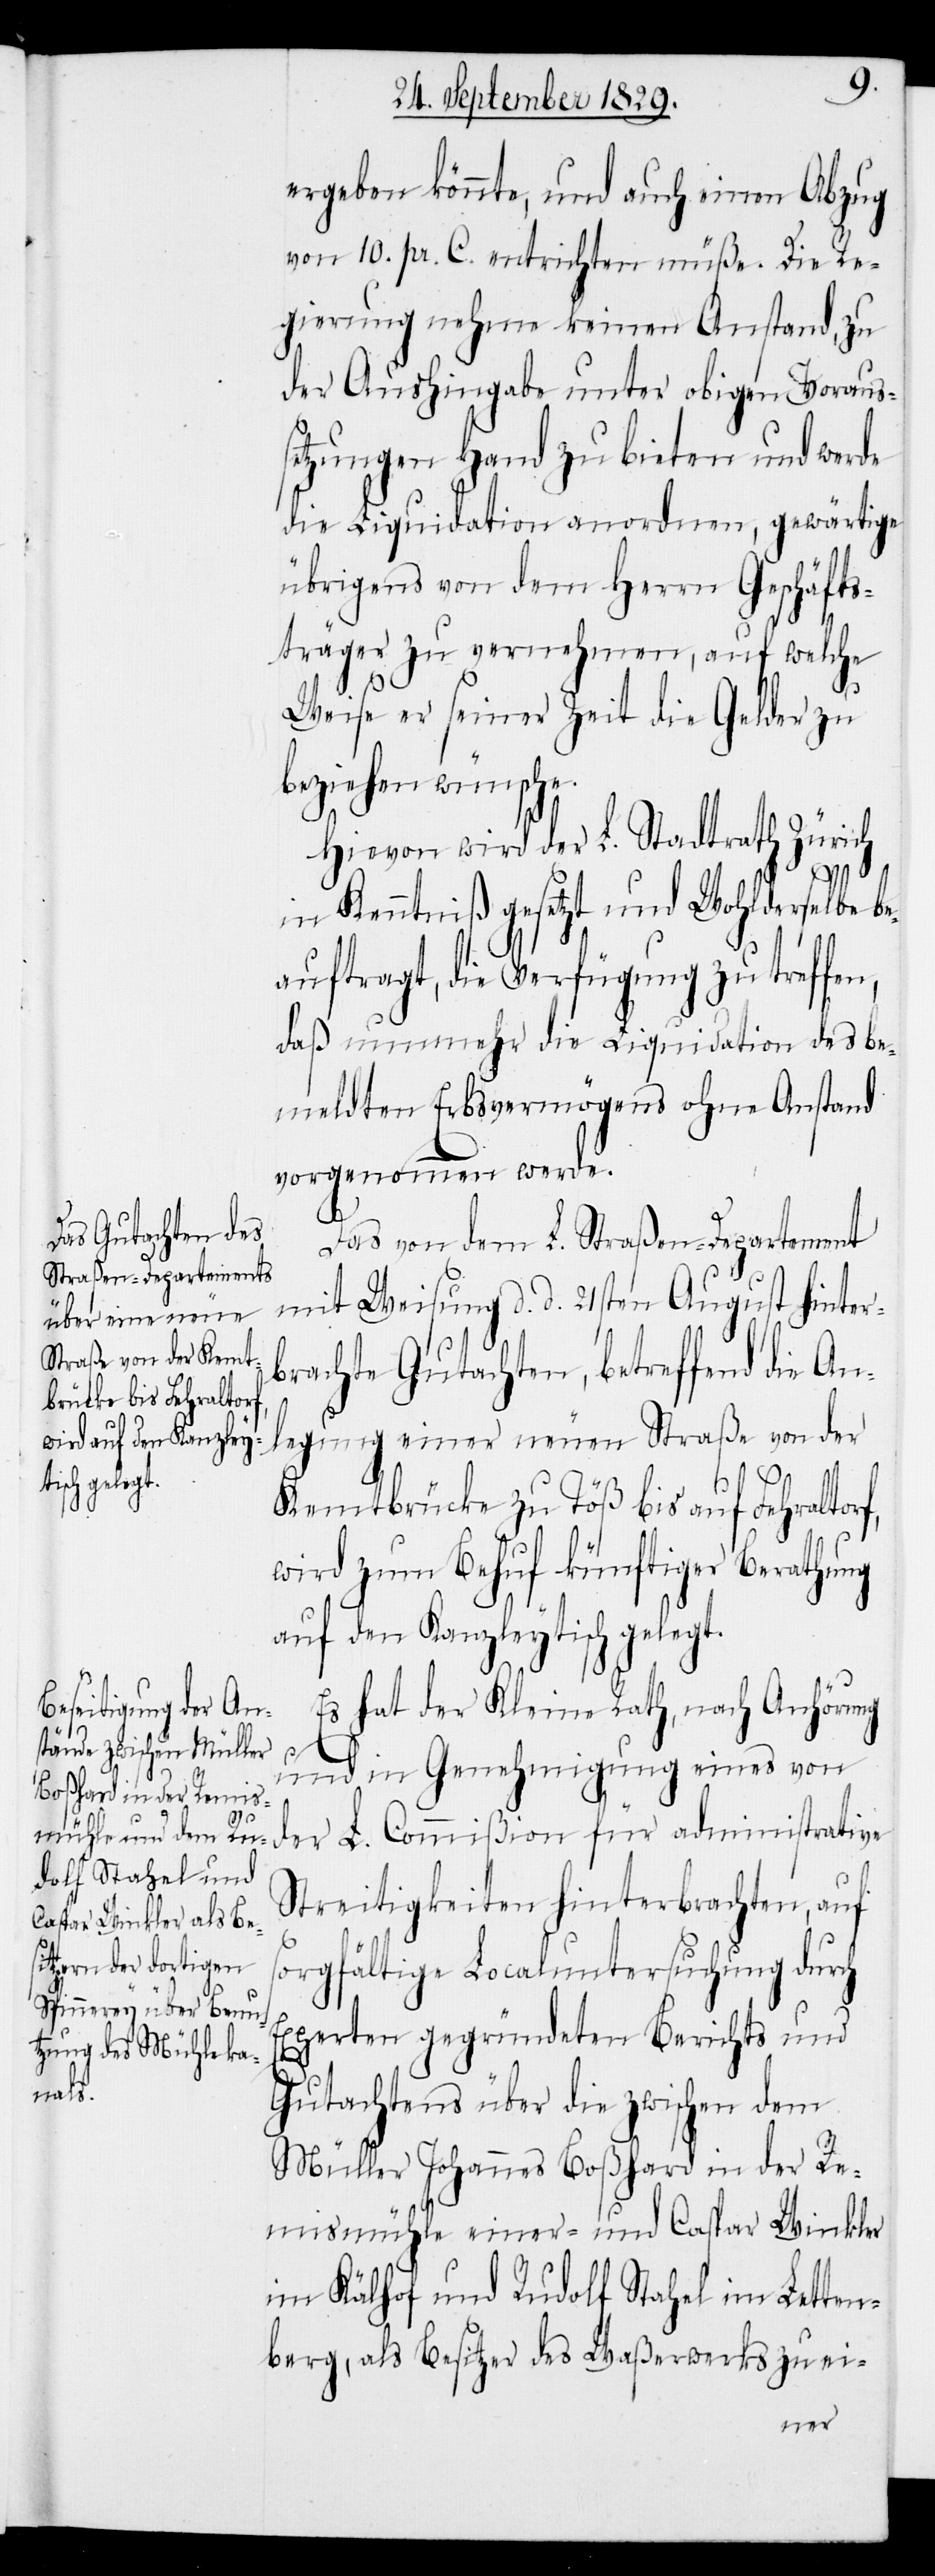
ergeben könnte, und auch einen Abzug
von 10. pr. C. entrichten müße. Die Re¬
gierung nehme keinen Anstand, zu
der Aushingabe unter obigen Voraus¬
setzungen Hand zu bieten und werde
die Liquidation anordnen, gewärtige
übrigens von dem Herrn Geschäfts¬
träger zu vernehmen, auf welche
Weise er seiner Zeit die Gelder zu
beziehen wünsche.
Hievon wird der L. Stadtrath Zürich
in Kenntniß gesetzt und Wohlderselbe b¬
eauftragt, die Verfügung zu treffen,
daß nunmehr die Liquidation des be¬
meldten Erbsvermögens ohne Anstand
vorgenommen werde.
Das von dem L. Straßen-Departement
mit Weisung d. d. 21sten August hinter¬
brachte Gutachten, betreffend die An¬
legung einer neuen Straße von der
Kemtbrücke zu Töß bis auf Fehraltorf,
wird zum Behuf künftiger Berathung
auf den Kanzleytisch gelegt.
Es hat der Kleine Rath, nach Anhörung
und in Genehmigung eines von
der L. Commißion für Administrative
Streitigkeiten hinterbrachten, auf
sorgfältige Localuntersuchung durch
Experten gegründeten Berichts und
Gutachtens über die zwischen dem
Müller Johannes Boßhard in der Re¬
mismühle einer- und Caspar Winkler
im Kälhof und Rudolf Stahel im Letten¬
berg, als Besitzer des Waßerwerks zu ei-